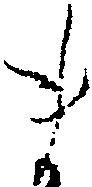
ま